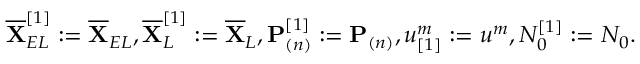
\overline { { \mathbf { X } } } _ { E L } ^ { [ 1 ] } : = \overline { { \mathbf { X } } } _ { E L } , \overline { { \mathbf { X } } } _ { L } ^ { [ 1 ] } : = \overline { { \mathbf { X } } } _ { L } , \mathbf { P } _ { ( n ) } ^ { [ 1 ] } : = \mathbf { P } _ { ( n ) } , u _ { [ 1 ] } ^ { m } : = u ^ { m } , N _ { 0 } ^ { [ 1 ] } : = N _ { 0 } .